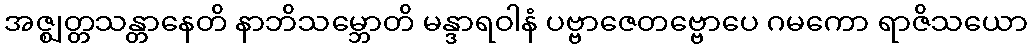
အဇ္ဈတ္တသန္တာနေတိ နာဘိသမ္ဘောတိ မန္ဒာရဝါနံ ပဗ္ဗာဇေတဗ္ဗောပေ ဂမကော ရာဇိသယော